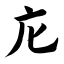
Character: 庀